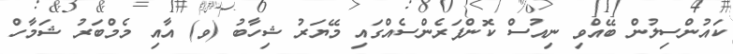
ކައުންސިލުން ބޭއްވި ނިއުސް ކޮންފަރެންސެއްގައި މޭޔަރު ޝިހާބު (ވ) އާއި މެމްބަރު ޝަމާހް